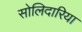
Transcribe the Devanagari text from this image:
सोलिदारिया